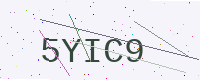
Text: 5YIC9